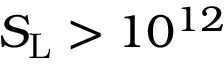
S _ { \mathrm { { L } } } > 1 0 ^ { 1 2 }